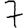
Digit: 7